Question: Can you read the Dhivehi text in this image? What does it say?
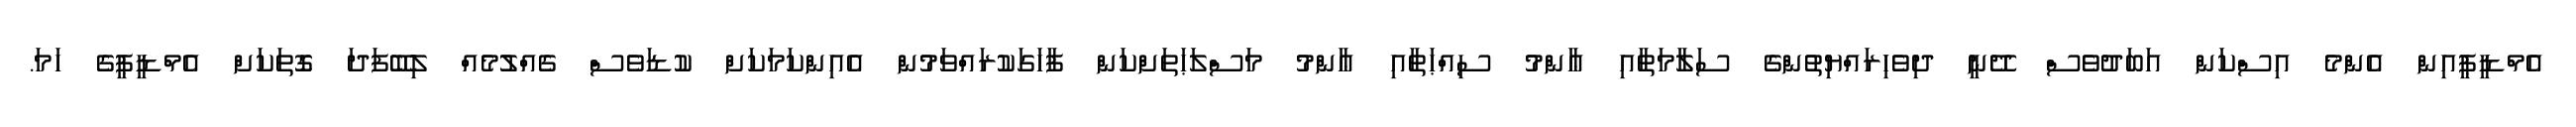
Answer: އެމްޑީޕީއިން އެންމެ އިސްކަން އަބަދުވެސް ދޭނީ ދިވެހިރައްޔިތުންގެ ސަލާމަތާއި ޢާންމު ސިއްޙަތާއި ޢާންމު މަސްލަޙަތަށްކަން ފާހަގަކުރައްވަމުން އެއިންކަމަކަށް ކުޑަވެސް ގެއްލުމެއް ލިބޭފަދަ ގޮތަކަށް އެމްޑީޕީގެ ހަމަ.